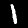
Digit: 1